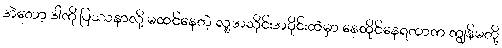
အဲတော့ ဒါကို ပြဿနာလို့ မထင်နေတဲ့ လူ့အသိုင်းအဝိုင်းထဲမှာ နေထိုင်နေရတာက ကျွန်မတို့